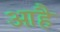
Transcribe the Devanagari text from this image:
आहै